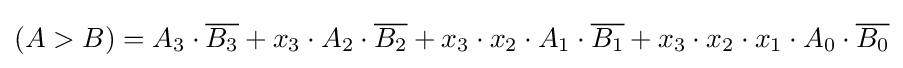
(A>B)=A_{3}\cdot {\overline {B_{3}}}+x_{3}\cdot A_{2}\cdot {\overline {B_{2}}}+x_{3}\cdot x_{2}\cdot A_{1}\cdot {\overline {B_{1}}}+x_{3}\cdot x_{2}\cdot x_{1}\cdot A_{0}\cdot {\overline {B_{0}}}